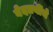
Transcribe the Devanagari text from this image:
वेदत्रयींचे